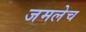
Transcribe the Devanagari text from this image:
जमलेच